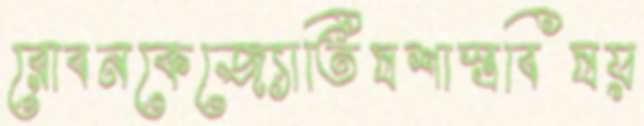
রোবনকেজ্যোতিষশাস্ত্রবিষয়